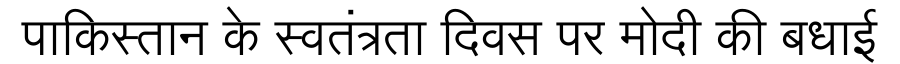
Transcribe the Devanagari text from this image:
पाकिस्तान के स्वतंत्रता दिवस पर मोदी की बधाई